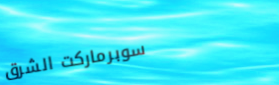
سوبرماركت الشرق